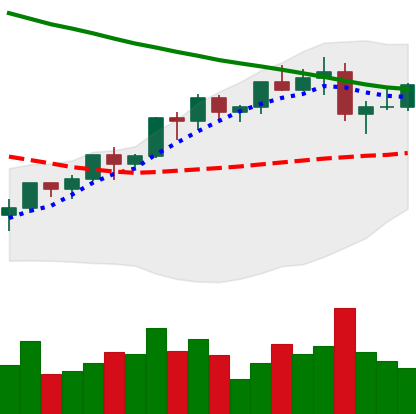
Ticker: LTC-USD
Chart end date: 2022-04-03
Forward return: -14.009%
Label: down_7plus